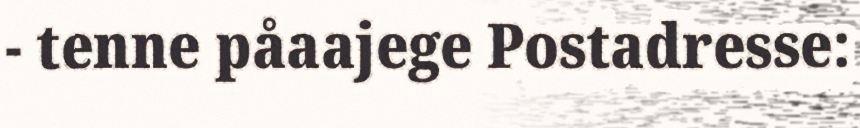
- tenne påaajege Postadresse: